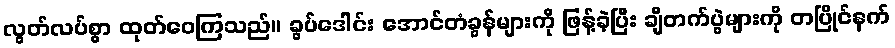
လွတ်လပ်စွာ ထုတ်ဝေကြသည်။ ခွပ်ဒေါင်း အောင်တံခွန်များကို ဖြန့်ခဲ့ပြီး ချီတက်ပွဲများကို တပြိုင်နက်